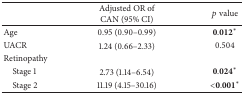
<table><thead><tr><td><b> </b></td><td><b>Adjusted OR of CAN (95% CI)</b></td><td><b><i>p</i> value</b></td></tr></thead><tbody><tr><td>Age</td><td>0.95 (0.90–0.99)</td><td>0.012<sup><i>∗</i></sup></td></tr><tr><td>UACR</td><td>1.24 (0.66–2.33)</td><td>0.504</td></tr><tr><td>Retinopathy</td><td> </td><td> </td></tr><tr><td> Stage 1</td><td>2.73 (1.14–6.54)</td><td>0.024<sup><i>∗</i></sup></td></tr><tr><td> Stage 2</td><td>11.19 (4.15–30.16)</td><td><b>&lt;</b>0.001<sup><i>∗</i></sup></td></tr></tbody></table>